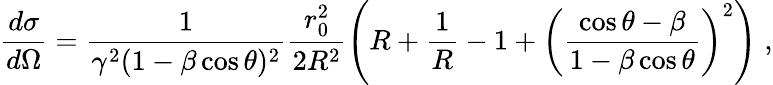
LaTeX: \frac{d\sigma}{d\Omega}=\frac{1}{\gamma^{2}(1-\beta\cos\theta)^{2}}\frac{r_{0}^{2}}{2R^{2}}\left(R+\frac{1}{R}-1+\left(\frac{\cos\theta-\beta}{1-\beta\cos\theta}\right)^{2}\right)\; ,